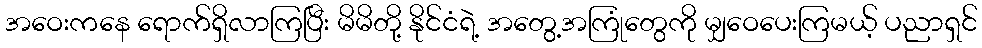
အဝေးကနေ ရောက်ရှိလာကြပြီး မိမိတို့ နိုင်ငံရဲ့ အတွေ့အကြုံတွေကို မျှဝေပေးကြမယ့် ပညာရှင်